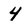
Character: 4